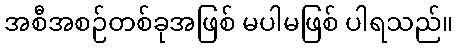
အစီအစဉ်တစ်ခုအဖြစ် မပါမဖြစ် ပါရသည်။